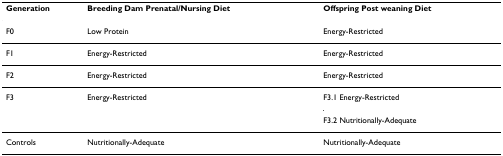
<table><thead><tr><td><b>Generation</b></td><td><b>Breeding Dam Prenatal/Nursing Diet</b></td><td><b>Offspring Post weaning Diet</b></td></tr></thead><tbody><tr><td>F0</td><td>Low Protein</td><td>Energy-Restricted</td></tr><tr><td>F1</td><td>Energy-Restricted</td><td>Energy-Restricted</td></tr><tr><td>F2</td><td>Energy-Restricted</td><td>Energy-Restricted</td></tr><tr><td>F3</td><td>Energy-Restricted</td><td>F3.1 Energy-Restricted</td></tr><tr><td></td><td></td><td>F3.2 Nutritionally-Adequate</td></tr><tr><td>Controls</td><td>Nutritionally-Adequate</td><td>Nutritionally-Adequate</td></tr></tbody></table>